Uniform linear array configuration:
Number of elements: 16
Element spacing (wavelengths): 0.5
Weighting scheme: exponential
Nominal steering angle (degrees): -15
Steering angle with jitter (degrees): -16.028
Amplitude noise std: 0.05
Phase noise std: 0.05

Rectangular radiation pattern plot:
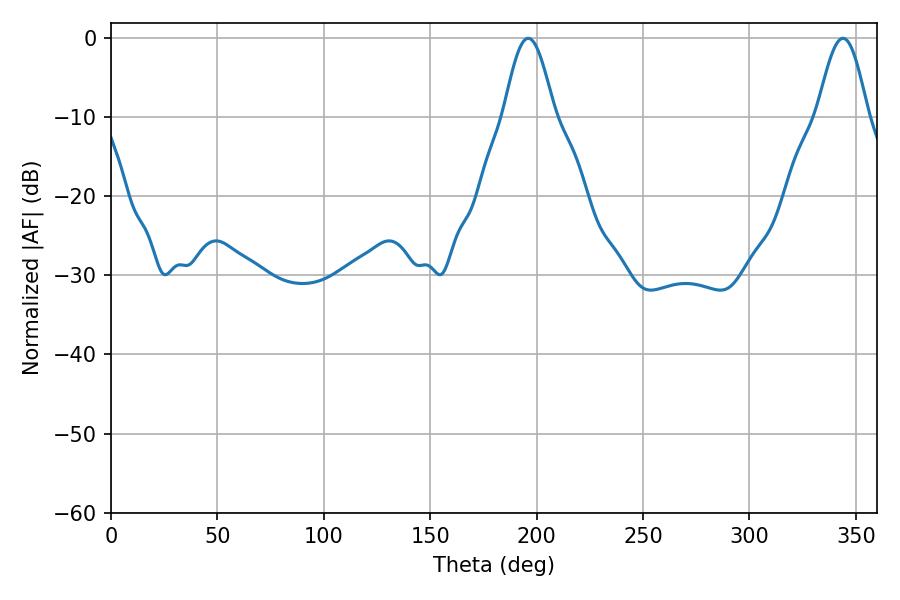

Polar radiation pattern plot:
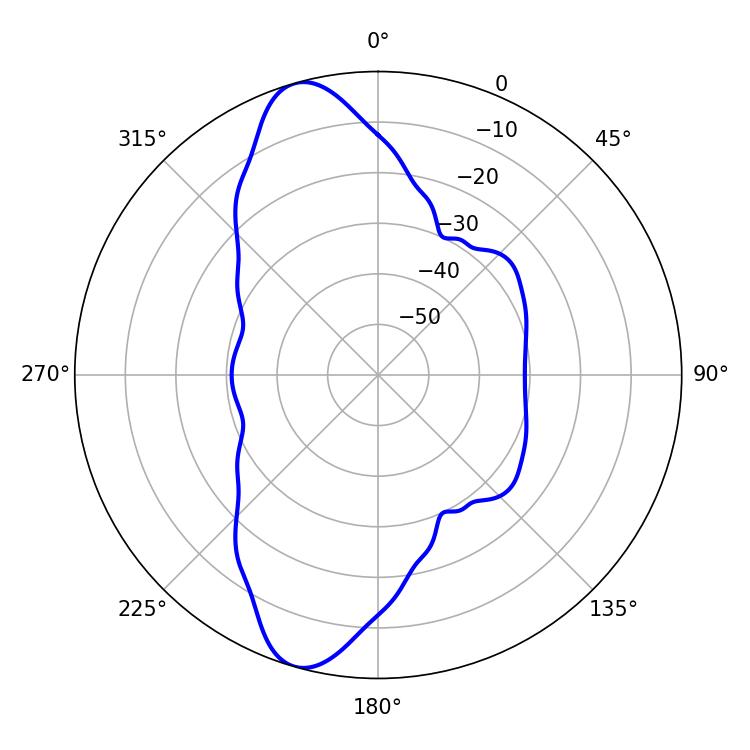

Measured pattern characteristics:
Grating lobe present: FALSE
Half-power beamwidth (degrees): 12.78
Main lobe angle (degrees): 196.02